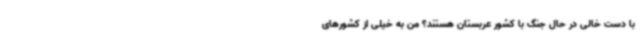
با دست خالی در حال جنگ با کشور عربستان هستند؟ من به خیلی از کشورهای